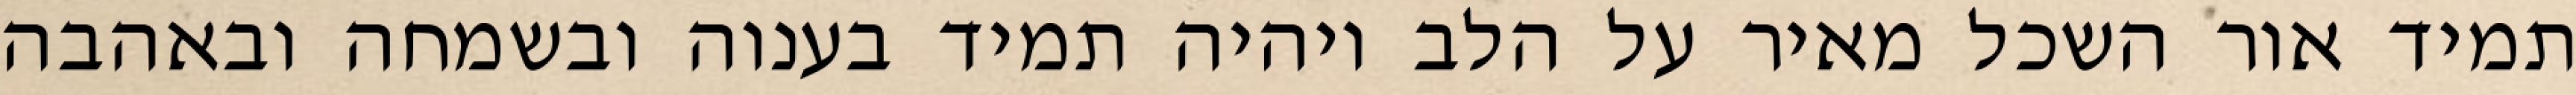
תמיד אור השכל מאיר על הלב ויהיה תמיד בענוה ובשמחה ובאהבה